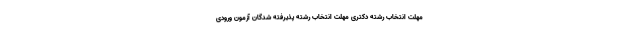
مهلت انتخاب رشته دکتری مهلت انتخاب رشته پذیرفته شدگان آزمون ورودی